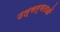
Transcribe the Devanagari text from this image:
उत्सर्गताओं